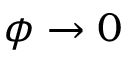
\phi \rightarrow 0